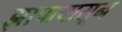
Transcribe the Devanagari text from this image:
झापापासून